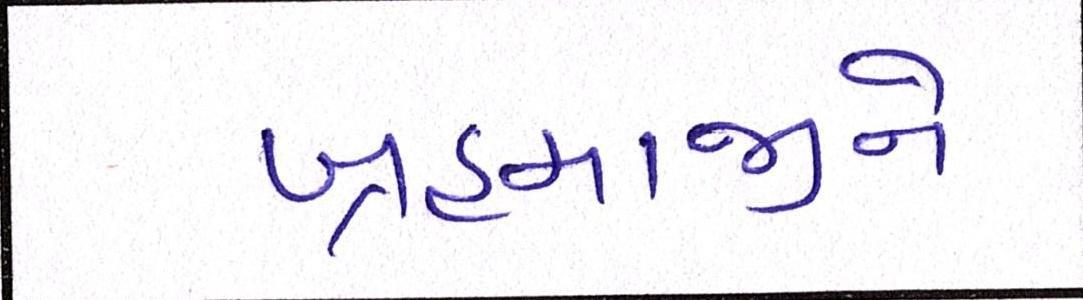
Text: બ્રહ્માજીને